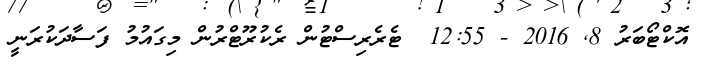
އޮކްޓޯބަރު 8